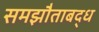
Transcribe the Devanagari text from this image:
समझौताबद्ध